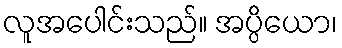
လူအပေါင်းသည်။ အပ္ပိယော၊